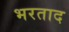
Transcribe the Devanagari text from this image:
भरताद